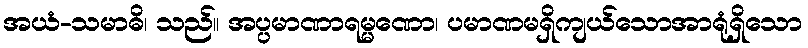
အယံ-သမာဓိ၊ သည်။ အပ္ပမာဏာရမ္မဏော၊ ပမာဏမရှိကျယ်သောအာရုံရှိသော